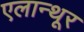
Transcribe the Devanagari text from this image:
एलान्थूर